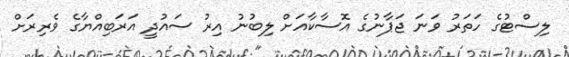
ލިސްޓުގެ ހަތަރު ވަނަ ޖަޕާނުގެ އޮސާކާއަށް ލިބުނު އިރު ސައުދީ އަރަބިއްޔާގެ ވެރިރަށް